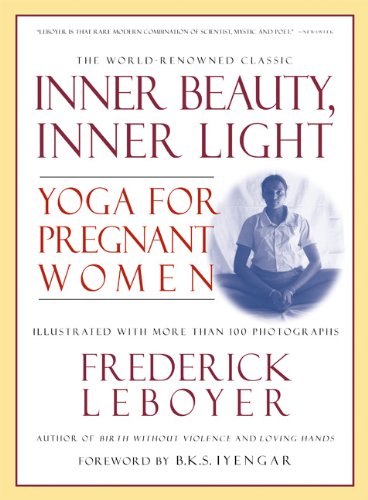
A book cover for Inner Beauty, Inner Light: Yoga for Pregnant Women; Frederick Leboyer; Health, Fitness & Dieting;